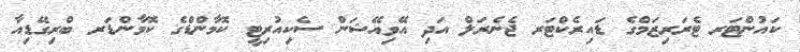
ކައުންޓަރ ޓެރަރިޒަމްގެ ޑައިރެކްޓަރ ޖެނެރަލް އަދި އޭވިއޭޝަން ސެކިއުރިޓީ ކޮމާންޑްގެ ކޮމާންޑަރ ބްރިގޭޑިއާ